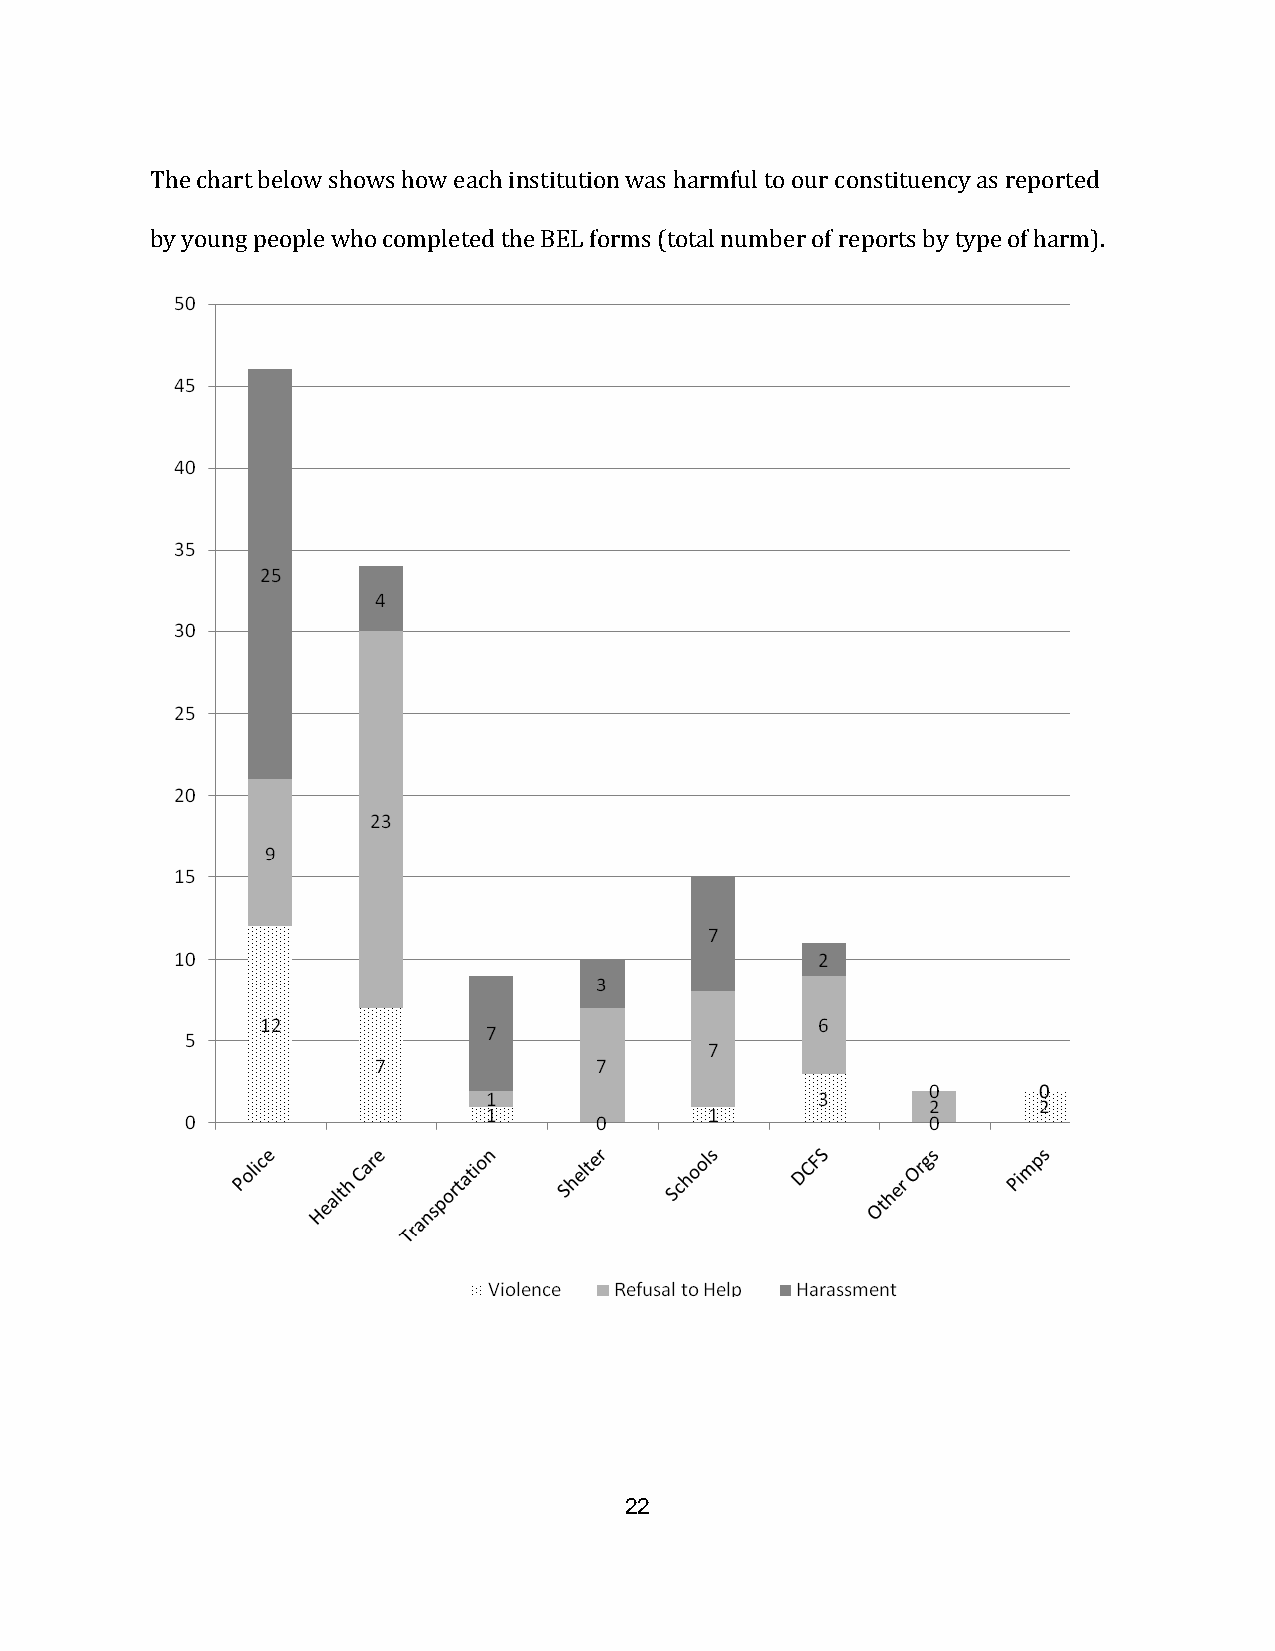
The chart below shows how each institution was harmful to our constituency as reported
 by young people who completed the BEL forms (total number of reports by type of harm).
 22